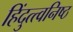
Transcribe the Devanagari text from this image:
हिंदुत्त्वनिष्ठ